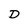
Character: D